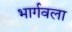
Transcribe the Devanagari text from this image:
भार्गवला